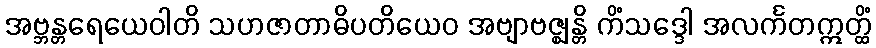
အဗ္ဘန္တရေယေဝါတိ သဟဇာတာဓိပတိယေဝ အဗျာဗဇ္ဈန္တိ ကိံသဒ္ဒေါ အလင်္ကတဣတ္ထိံ